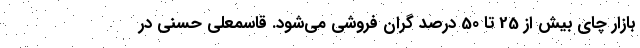
بازار چای بیش از 25 تا 50 درصد گران فروشی می‌شود. قاسمعلی حسنی در